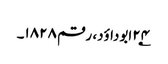
۲۴؂ابوداؤد، رقم ۱۸۲۸۔